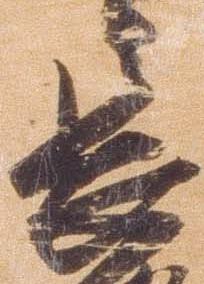
長